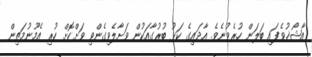
އާޝޯޚުވެފައި ބަލަން ހުރެވުނެވެ. އާދައިގެ ކަޅު ބުރުގާއަކުން ވަށާލެވިގެންވި ވަށްކޮށް ހުރި އެމޫނުމަތިން